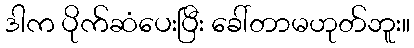
ဒါက ပိုက်ဆံပေးပြီး ခေါ်တာမဟုတ်ဘူး။